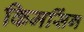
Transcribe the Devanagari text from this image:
किमसिंग